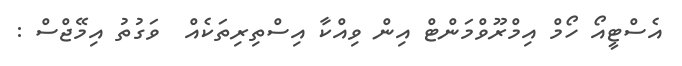
އެސްޓީއޯ ހޯމް އިމްރޫވްމަންޓް އިން ވިއްކާ އިސްތިރިތަކެއް  ވަގުތު އިމޭޖްސް :